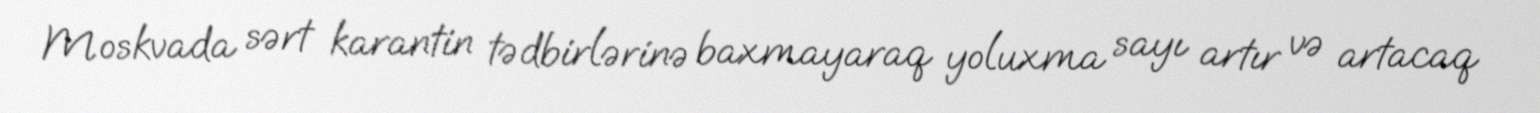
Moskvada sərt karantin tədbirlərinə baxmayaraq yoluxma sayı artır və artacaq